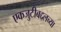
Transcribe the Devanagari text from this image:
एकजुटीबद्दलच्या